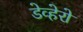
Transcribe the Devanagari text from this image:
डेव्हेरो